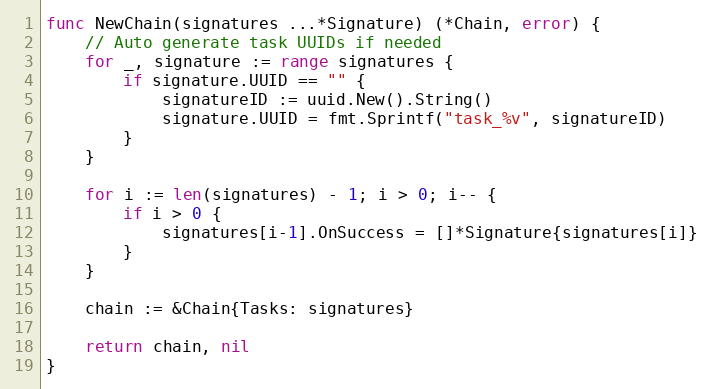
Language: Go
func NewChain(signatures ...*Signature) (*Chain, error) {
	// Auto generate task UUIDs if needed
	for _, signature := range signatures {
		if signature.UUID == "" {
			signatureID := uuid.New().String()
			signature.UUID = fmt.Sprintf("task_%v", signatureID)
		}
	}

	for i := len(signatures) - 1; i > 0; i-- {
		if i > 0 {
			signatures[i-1].OnSuccess = []*Signature{signatures[i]}
		}
	}

	chain := &Chain{Tasks: signatures}

	return chain, nil
}